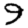
Digit: 9